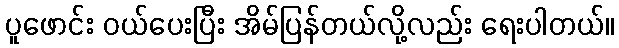
ပူဖောင်း ဝယ်ပေးပြီး အိမ်ပြန်တယ်လို့လည်း ရေးပါတယ်။